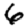
Digit: 6